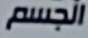
الجسم